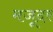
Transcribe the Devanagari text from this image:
मजूदर